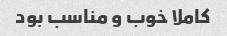
کاملا خوب و مناسب بود